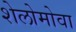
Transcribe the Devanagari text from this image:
शेलोमोवा